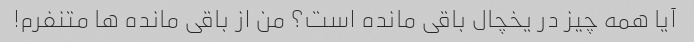
آیا همه چیز در یخچال باقی مانده است؟ من از باقی مانده ها متنفرم!